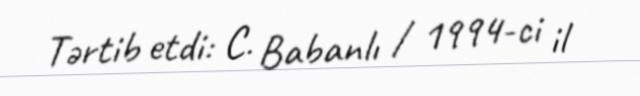
Tərtib etdi: C. Babanlı / 1994-ci il